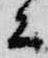
公